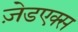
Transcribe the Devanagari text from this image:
ज़ेडएक्स